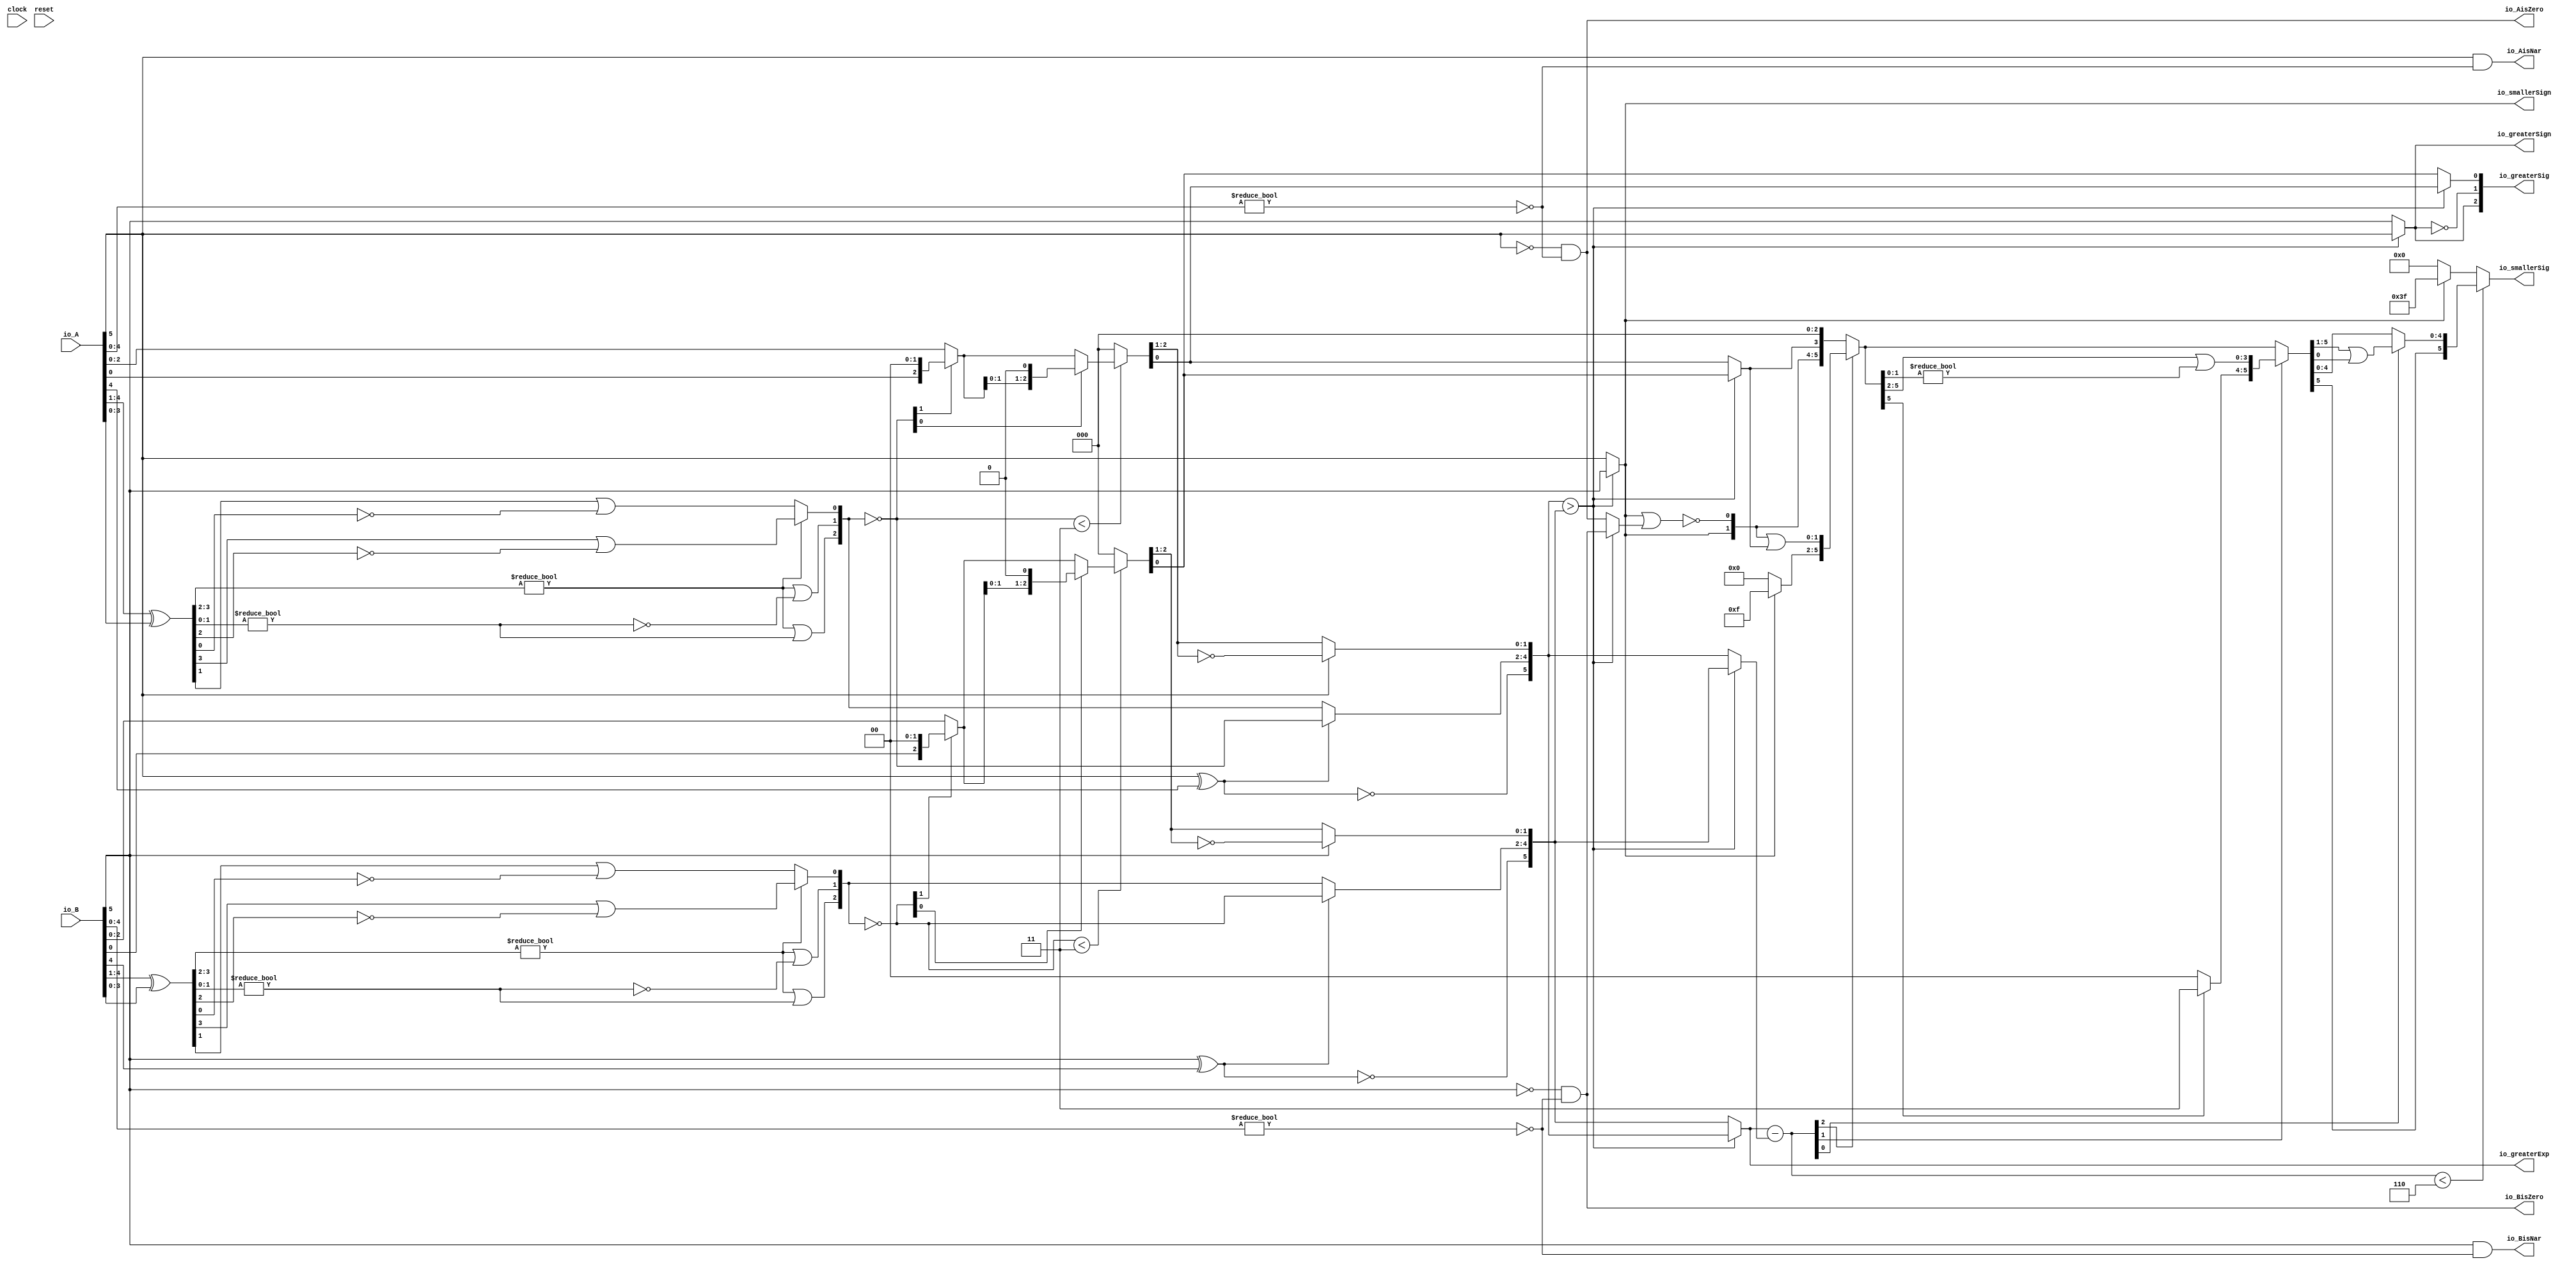
module Sig_op6_2(
  input        clock,
  input        reset,
  input  [5:0] io_A,
  input  [5:0] io_B,
  output       io_greaterSign,
  output       io_smallerSign,
  output [5:0] io_greaterExp,
  output [2:0] io_greaterSig,
  output [5:0] io_smallerSig,
  output       io_AisNar,
  output       io_BisNar,
  output       io_AisZero,
  output       io_BisZero
);
  wire  _T_1; // @[convert.scala 18:24]
  wire  _T_2; // @[convert.scala 18:40]
  wire  _T_3; // @[convert.scala 18:36]
  wire [3:0] _T_4; // @[convert.scala 19:24]
  wire [3:0] _T_5; // @[convert.scala 19:43]
  wire [3:0] _T_6; // @[convert.scala 19:39]
  wire [1:0] _T_7; // @[LZD.scala 43:32]
  wire  _T_8; // @[LZD.scala 39:14]
  wire  _T_9; // @[LZD.scala 39:21]
  wire  _T_10; // @[LZD.scala 39:30]
  wire  _T_11; // @[LZD.scala 39:27]
  wire  _T_12; // @[LZD.scala 39:25]
  wire [1:0] _T_13; // @[Cat.scala 29:58]
  wire [1:0] _T_14; // @[LZD.scala 44:32]
  wire  _T_15; // @[LZD.scala 39:14]
  wire  _T_16; // @[LZD.scala 39:21]
  wire  _T_17; // @[LZD.scala 39:30]
  wire  _T_18; // @[LZD.scala 39:27]
  wire  _T_19; // @[LZD.scala 39:25]
  wire [1:0] _T_20; // @[Cat.scala 29:58]
  wire  _T_21; // @[Shift.scala 12:21]
  wire  _T_22; // @[Shift.scala 12:21]
  wire  _T_23; // @[LZD.scala 49:16]
  wire  _T_24; // @[LZD.scala 49:27]
  wire  _T_25; // @[LZD.scala 49:25]
  wire  _T_26; // @[LZD.scala 49:47]
  wire  _T_27; // @[LZD.scala 49:59]
  wire  _T_28; // @[LZD.scala 49:35]
  wire [2:0] _T_30; // @[Cat.scala 29:58]
  wire [2:0] _T_31; // @[convert.scala 21:22]
  wire [2:0] _T_32; // @[convert.scala 22:36]
  wire  _T_33; // @[Shift.scala 16:24]
  wire [1:0] _T_34; // @[Shift.scala 17:37]
  wire  _T_35; // @[Shift.scala 12:21]
  wire  _T_36; // @[Shift.scala 64:52]
  wire [2:0] _T_38; // @[Cat.scala 29:58]
  wire [2:0] _T_39; // @[Shift.scala 64:27]
  wire  _T_40; // @[Shift.scala 66:70]
  wire [1:0] _T_42; // @[Shift.scala 64:52]
  wire [2:0] _T_43; // @[Cat.scala 29:58]
  wire [2:0] _T_44; // @[Shift.scala 64:27]
  wire [2:0] _T_45; // @[Shift.scala 16:10]
  wire [1:0] _T_46; // @[convert.scala 23:34]
  wire  decA_fraction; // @[convert.scala 24:34]
  wire  _T_48; // @[convert.scala 25:26]
  wire [2:0] _T_50; // @[convert.scala 25:42]
  wire [1:0] _T_53; // @[convert.scala 26:67]
  wire [1:0] _T_54; // @[convert.scala 26:51]
  wire [5:0] _T_55; // @[Cat.scala 29:58]
  wire [4:0] _T_57; // @[convert.scala 29:56]
  wire  _T_58; // @[convert.scala 29:60]
  wire  _T_59; // @[convert.scala 29:41]
  wire  _T_62; // @[convert.scala 30:19]
  wire  decA_isZero; // @[convert.scala 30:41]
  wire [5:0] decA_scale; // @[convert.scala 32:24]
  wire  _T_71; // @[convert.scala 18:24]
  wire  _T_72; // @[convert.scala 18:40]
  wire  _T_73; // @[convert.scala 18:36]
  wire [3:0] _T_74; // @[convert.scala 19:24]
  wire [3:0] _T_75; // @[convert.scala 19:43]
  wire [3:0] _T_76; // @[convert.scala 19:39]
  wire [1:0] _T_77; // @[LZD.scala 43:32]
  wire  _T_78; // @[LZD.scala 39:14]
  wire  _T_79; // @[LZD.scala 39:21]
  wire  _T_80; // @[LZD.scala 39:30]
  wire  _T_81; // @[LZD.scala 39:27]
  wire  _T_82; // @[LZD.scala 39:25]
  wire [1:0] _T_83; // @[Cat.scala 29:58]
  wire [1:0] _T_84; // @[LZD.scala 44:32]
  wire  _T_85; // @[LZD.scala 39:14]
  wire  _T_86; // @[LZD.scala 39:21]
  wire  _T_87; // @[LZD.scala 39:30]
  wire  _T_88; // @[LZD.scala 39:27]
  wire  _T_89; // @[LZD.scala 39:25]
  wire [1:0] _T_90; // @[Cat.scala 29:58]
  wire  _T_91; // @[Shift.scala 12:21]
  wire  _T_92; // @[Shift.scala 12:21]
  wire  _T_93; // @[LZD.scala 49:16]
  wire  _T_94; // @[LZD.scala 49:27]
  wire  _T_95; // @[LZD.scala 49:25]
  wire  _T_96; // @[LZD.scala 49:47]
  wire  _T_97; // @[LZD.scala 49:59]
  wire  _T_98; // @[LZD.scala 49:35]
  wire [2:0] _T_100; // @[Cat.scala 29:58]
  wire [2:0] _T_101; // @[convert.scala 21:22]
  wire [2:0] _T_102; // @[convert.scala 22:36]
  wire  _T_103; // @[Shift.scala 16:24]
  wire [1:0] _T_104; // @[Shift.scala 17:37]
  wire  _T_105; // @[Shift.scala 12:21]
  wire  _T_106; // @[Shift.scala 64:52]
  wire [2:0] _T_108; // @[Cat.scala 29:58]
  wire [2:0] _T_109; // @[Shift.scala 64:27]
  wire  _T_110; // @[Shift.scala 66:70]
  wire [1:0] _T_112; // @[Shift.scala 64:52]
  wire [2:0] _T_113; // @[Cat.scala 29:58]
  wire [2:0] _T_114; // @[Shift.scala 64:27]
  wire [2:0] _T_115; // @[Shift.scala 16:10]
  wire [1:0] _T_116; // @[convert.scala 23:34]
  wire  decB_fraction; // @[convert.scala 24:34]
  wire  _T_118; // @[convert.scala 25:26]
  wire [2:0] _T_120; // @[convert.scala 25:42]
  wire [1:0] _T_123; // @[convert.scala 26:67]
  wire [1:0] _T_124; // @[convert.scala 26:51]
  wire [5:0] _T_125; // @[Cat.scala 29:58]
  wire [4:0] _T_127; // @[convert.scala 29:56]
  wire  _T_128; // @[convert.scala 29:60]
  wire  _T_129; // @[convert.scala 29:41]
  wire  _T_132; // @[convert.scala 30:19]
  wire  decB_isZero; // @[convert.scala 30:41]
  wire [5:0] decB_scale; // @[convert.scala 32:24]
  wire  aGTb; // @[Sig_op.scala 38:32]
  wire [5:0] smallerExp; // @[Sig_op.scala 42:24]
  wire  greaterFrac; // @[Sig_op.scala 43:24]
  wire  smallerFrac; // @[Sig_op.scala 44:24]
  wire  smallerZero; // @[Sig_op.scala 45:24]
  wire [5:0] _T_144; // @[Sig_op.scala 46:35]
  wire [5:0] scale_diff; // @[Sig_op.scala 46:35]
  wire  _T_145; // @[Sig_op.scala 51:53]
  wire  _T_146; // @[Sig_op.scala 51:36]
  wire [5:0] _T_149; // @[Cat.scala 29:58]
  wire [5:0] _T_150; // @[Sig_op.scala 51:124]
  wire  _T_151; // @[Shift.scala 39:24]
  wire [2:0] _T_152; // @[Shift.scala 40:44]
  wire [1:0] _T_153; // @[Shift.scala 90:30]
  wire [3:0] _T_154; // @[Shift.scala 90:48]
  wire  _T_155; // @[Shift.scala 90:57]
  wire [1:0] _GEN_0; // @[Shift.scala 90:39]
  wire [1:0] _T_156; // @[Shift.scala 90:39]
  wire  _T_157; // @[Shift.scala 12:21]
  wire  _T_158; // @[Shift.scala 12:21]
  wire [3:0] _T_160; // @[Bitwise.scala 71:12]
  wire [5:0] _T_161; // @[Cat.scala 29:58]
  wire [5:0] _T_162; // @[Shift.scala 91:22]
  wire [1:0] _T_163; // @[Shift.scala 92:77]
  wire [3:0] _T_164; // @[Shift.scala 90:30]
  wire [1:0] _T_165; // @[Shift.scala 90:48]
  wire  _T_166; // @[Shift.scala 90:57]
  wire [3:0] _GEN_1; // @[Shift.scala 90:39]
  wire [3:0] _T_167; // @[Shift.scala 90:39]
  wire  _T_168; // @[Shift.scala 12:21]
  wire  _T_169; // @[Shift.scala 12:21]
  wire [1:0] _T_171; // @[Bitwise.scala 71:12]
  wire [5:0] _T_172; // @[Cat.scala 29:58]
  wire [5:0] _T_173; // @[Shift.scala 91:22]
  wire  _T_174; // @[Shift.scala 92:77]
  wire [4:0] _T_175; // @[Shift.scala 90:30]
  wire  _T_176; // @[Shift.scala 90:48]
  wire [4:0] _GEN_2; // @[Shift.scala 90:39]
  wire [4:0] _T_178; // @[Shift.scala 90:39]
  wire  _T_180; // @[Shift.scala 12:21]
  wire [5:0] _T_181; // @[Cat.scala 29:58]
  wire [5:0] _T_182; // @[Shift.scala 91:22]
  wire [5:0] _T_185; // @[Bitwise.scala 71:12]
  wire  _T_186; // @[Sig_op.scala 57:40]
  wire [1:0] _T_187; // @[Cat.scala 29:58]
  assign _T_1 = io_A[5]; // @[convert.scala 18:24]
  assign _T_2 = io_A[4]; // @[convert.scala 18:40]
  assign _T_3 = _T_1 ^ _T_2; // @[convert.scala 18:36]
  assign _T_4 = io_A[4:1]; // @[convert.scala 19:24]
  assign _T_5 = io_A[3:0]; // @[convert.scala 19:43]
  assign _T_6 = _T_4 ^ _T_5; // @[convert.scala 19:39]
  assign _T_7 = _T_6[3:2]; // @[LZD.scala 43:32]
  assign _T_8 = _T_7 != 2'h0; // @[LZD.scala 39:14]
  assign _T_9 = _T_7[1]; // @[LZD.scala 39:21]
  assign _T_10 = _T_7[0]; // @[LZD.scala 39:30]
  assign _T_11 = ~ _T_10; // @[LZD.scala 39:27]
  assign _T_12 = _T_9 | _T_11; // @[LZD.scala 39:25]
  assign _T_13 = {_T_8,_T_12}; // @[Cat.scala 29:58]
  assign _T_14 = _T_6[1:0]; // @[LZD.scala 44:32]
  assign _T_15 = _T_14 != 2'h0; // @[LZD.scala 39:14]
  assign _T_16 = _T_14[1]; // @[LZD.scala 39:21]
  assign _T_17 = _T_14[0]; // @[LZD.scala 39:30]
  assign _T_18 = ~ _T_17; // @[LZD.scala 39:27]
  assign _T_19 = _T_16 | _T_18; // @[LZD.scala 39:25]
  assign _T_20 = {_T_15,_T_19}; // @[Cat.scala 29:58]
  assign _T_21 = _T_13[1]; // @[Shift.scala 12:21]
  assign _T_22 = _T_20[1]; // @[Shift.scala 12:21]
  assign _T_23 = _T_21 | _T_22; // @[LZD.scala 49:16]
  assign _T_24 = ~ _T_22; // @[LZD.scala 49:27]
  assign _T_25 = _T_21 | _T_24; // @[LZD.scala 49:25]
  assign _T_26 = _T_13[0:0]; // @[LZD.scala 49:47]
  assign _T_27 = _T_20[0:0]; // @[LZD.scala 49:59]
  assign _T_28 = _T_21 ? _T_26 : _T_27; // @[LZD.scala 49:35]
  assign _T_30 = {_T_23,_T_25,_T_28}; // @[Cat.scala 29:58]
  assign _T_31 = ~ _T_30; // @[convert.scala 21:22]
  assign _T_32 = io_A[2:0]; // @[convert.scala 22:36]
  assign _T_33 = _T_31 < 3'h3; // @[Shift.scala 16:24]
  assign _T_34 = _T_31[1:0]; // @[Shift.scala 17:37]
  assign _T_35 = _T_34[1]; // @[Shift.scala 12:21]
  assign _T_36 = _T_32[0:0]; // @[Shift.scala 64:52]
  assign _T_38 = {_T_36,2'h0}; // @[Cat.scala 29:58]
  assign _T_39 = _T_35 ? _T_38 : _T_32; // @[Shift.scala 64:27]
  assign _T_40 = _T_34[0:0]; // @[Shift.scala 66:70]
  assign _T_42 = _T_39[1:0]; // @[Shift.scala 64:52]
  assign _T_43 = {_T_42,1'h0}; // @[Cat.scala 29:58]
  assign _T_44 = _T_40 ? _T_43 : _T_39; // @[Shift.scala 64:27]
  assign _T_45 = _T_33 ? _T_44 : 3'h0; // @[Shift.scala 16:10]
  assign _T_46 = _T_45[2:1]; // @[convert.scala 23:34]
  assign decA_fraction = _T_45[0:0]; // @[convert.scala 24:34]
  assign _T_48 = _T_3 == 1'h0; // @[convert.scala 25:26]
  assign _T_50 = _T_3 ? _T_31 : _T_30; // @[convert.scala 25:42]
  assign _T_53 = ~ _T_46; // @[convert.scala 26:67]
  assign _T_54 = _T_1 ? _T_53 : _T_46; // @[convert.scala 26:51]
  assign _T_55 = {_T_48,_T_50,_T_54}; // @[Cat.scala 29:58]
  assign _T_57 = io_A[4:0]; // @[convert.scala 29:56]
  assign _T_58 = _T_57 != 5'h0; // @[convert.scala 29:60]
  assign _T_59 = ~ _T_58; // @[convert.scala 29:41]
  assign _T_62 = _T_1 == 1'h0; // @[convert.scala 30:19]
  assign decA_isZero = _T_62 & _T_59; // @[convert.scala 30:41]
  assign decA_scale = $signed(_T_55); // @[convert.scala 32:24]
  assign _T_71 = io_B[5]; // @[convert.scala 18:24]
  assign _T_72 = io_B[4]; // @[convert.scala 18:40]
  assign _T_73 = _T_71 ^ _T_72; // @[convert.scala 18:36]
  assign _T_74 = io_B[4:1]; // @[convert.scala 19:24]
  assign _T_75 = io_B[3:0]; // @[convert.scala 19:43]
  assign _T_76 = _T_74 ^ _T_75; // @[convert.scala 19:39]
  assign _T_77 = _T_76[3:2]; // @[LZD.scala 43:32]
  assign _T_78 = _T_77 != 2'h0; // @[LZD.scala 39:14]
  assign _T_79 = _T_77[1]; // @[LZD.scala 39:21]
  assign _T_80 = _T_77[0]; // @[LZD.scala 39:30]
  assign _T_81 = ~ _T_80; // @[LZD.scala 39:27]
  assign _T_82 = _T_79 | _T_81; // @[LZD.scala 39:25]
  assign _T_83 = {_T_78,_T_82}; // @[Cat.scala 29:58]
  assign _T_84 = _T_76[1:0]; // @[LZD.scala 44:32]
  assign _T_85 = _T_84 != 2'h0; // @[LZD.scala 39:14]
  assign _T_86 = _T_84[1]; // @[LZD.scala 39:21]
  assign _T_87 = _T_84[0]; // @[LZD.scala 39:30]
  assign _T_88 = ~ _T_87; // @[LZD.scala 39:27]
  assign _T_89 = _T_86 | _T_88; // @[LZD.scala 39:25]
  assign _T_90 = {_T_85,_T_89}; // @[Cat.scala 29:58]
  assign _T_91 = _T_83[1]; // @[Shift.scala 12:21]
  assign _T_92 = _T_90[1]; // @[Shift.scala 12:21]
  assign _T_93 = _T_91 | _T_92; // @[LZD.scala 49:16]
  assign _T_94 = ~ _T_92; // @[LZD.scala 49:27]
  assign _T_95 = _T_91 | _T_94; // @[LZD.scala 49:25]
  assign _T_96 = _T_83[0:0]; // @[LZD.scala 49:47]
  assign _T_97 = _T_90[0:0]; // @[LZD.scala 49:59]
  assign _T_98 = _T_91 ? _T_96 : _T_97; // @[LZD.scala 49:35]
  assign _T_100 = {_T_93,_T_95,_T_98}; // @[Cat.scala 29:58]
  assign _T_101 = ~ _T_100; // @[convert.scala 21:22]
  assign _T_102 = io_B[2:0]; // @[convert.scala 22:36]
  assign _T_103 = _T_101 < 3'h3; // @[Shift.scala 16:24]
  assign _T_104 = _T_101[1:0]; // @[Shift.scala 17:37]
  assign _T_105 = _T_104[1]; // @[Shift.scala 12:21]
  assign _T_106 = _T_102[0:0]; // @[Shift.scala 64:52]
  assign _T_108 = {_T_106,2'h0}; // @[Cat.scala 29:58]
  assign _T_109 = _T_105 ? _T_108 : _T_102; // @[Shift.scala 64:27]
  assign _T_110 = _T_104[0:0]; // @[Shift.scala 66:70]
  assign _T_112 = _T_109[1:0]; // @[Shift.scala 64:52]
  assign _T_113 = {_T_112,1'h0}; // @[Cat.scala 29:58]
  assign _T_114 = _T_110 ? _T_113 : _T_109; // @[Shift.scala 64:27]
  assign _T_115 = _T_103 ? _T_114 : 3'h0; // @[Shift.scala 16:10]
  assign _T_116 = _T_115[2:1]; // @[convert.scala 23:34]
  assign decB_fraction = _T_115[0:0]; // @[convert.scala 24:34]
  assign _T_118 = _T_73 == 1'h0; // @[convert.scala 25:26]
  assign _T_120 = _T_73 ? _T_101 : _T_100; // @[convert.scala 25:42]
  assign _T_123 = ~ _T_116; // @[convert.scala 26:67]
  assign _T_124 = _T_71 ? _T_123 : _T_116; // @[convert.scala 26:51]
  assign _T_125 = {_T_118,_T_120,_T_124}; // @[Cat.scala 29:58]
  assign _T_127 = io_B[4:0]; // @[convert.scala 29:56]
  assign _T_128 = _T_127 != 5'h0; // @[convert.scala 29:60]
  assign _T_129 = ~ _T_128; // @[convert.scala 29:41]
  assign _T_132 = _T_71 == 1'h0; // @[convert.scala 30:19]
  assign decB_isZero = _T_132 & _T_129; // @[convert.scala 30:41]
  assign decB_scale = $signed(_T_125); // @[convert.scala 32:24]
  assign aGTb = $signed(decA_scale) > $signed(decB_scale); // @[Sig_op.scala 38:32]
  assign smallerExp = aGTb ? $signed(decB_scale) : $signed(decA_scale); // @[Sig_op.scala 42:24]
  assign greaterFrac = aGTb ? decA_fraction : decB_fraction; // @[Sig_op.scala 43:24]
  assign smallerFrac = aGTb ? decB_fraction : decA_fraction; // @[Sig_op.scala 44:24]
  assign smallerZero = aGTb ? decB_isZero : decA_isZero; // @[Sig_op.scala 45:24]
  assign _T_144 = $signed(io_greaterExp) - $signed(smallerExp); // @[Sig_op.scala 46:35]
  assign scale_diff = $signed(_T_144); // @[Sig_op.scala 46:35]
  assign _T_145 = io_smallerSign | smallerZero; // @[Sig_op.scala 51:53]
  assign _T_146 = ~ _T_145; // @[Sig_op.scala 51:36]
  assign _T_149 = {io_smallerSign,_T_146,smallerFrac,3'h0}; // @[Cat.scala 29:58]
  assign _T_150 = $unsigned(scale_diff); // @[Sig_op.scala 51:124]
  assign _T_151 = _T_150 < 6'h6; // @[Shift.scala 39:24]
  assign _T_152 = _T_150[2:0]; // @[Shift.scala 40:44]
  assign _T_153 = _T_149[5:4]; // @[Shift.scala 90:30]
  assign _T_154 = _T_149[3:0]; // @[Shift.scala 90:48]
  assign _T_155 = _T_154 != 4'h0; // @[Shift.scala 90:57]
  assign _GEN_0 = {{1'd0}, _T_155}; // @[Shift.scala 90:39]
  assign _T_156 = _T_153 | _GEN_0; // @[Shift.scala 90:39]
  assign _T_157 = _T_152[2]; // @[Shift.scala 12:21]
  assign _T_158 = _T_149[5]; // @[Shift.scala 12:21]
  assign _T_160 = _T_158 ? 4'hf : 4'h0; // @[Bitwise.scala 71:12]
  assign _T_161 = {_T_160,_T_156}; // @[Cat.scala 29:58]
  assign _T_162 = _T_157 ? _T_161 : _T_149; // @[Shift.scala 91:22]
  assign _T_163 = _T_152[1:0]; // @[Shift.scala 92:77]
  assign _T_164 = _T_162[5:2]; // @[Shift.scala 90:30]
  assign _T_165 = _T_162[1:0]; // @[Shift.scala 90:48]
  assign _T_166 = _T_165 != 2'h0; // @[Shift.scala 90:57]
  assign _GEN_1 = {{3'd0}, _T_166}; // @[Shift.scala 90:39]
  assign _T_167 = _T_164 | _GEN_1; // @[Shift.scala 90:39]
  assign _T_168 = _T_163[1]; // @[Shift.scala 12:21]
  assign _T_169 = _T_162[5]; // @[Shift.scala 12:21]
  assign _T_171 = _T_169 ? 2'h3 : 2'h0; // @[Bitwise.scala 71:12]
  assign _T_172 = {_T_171,_T_167}; // @[Cat.scala 29:58]
  assign _T_173 = _T_168 ? _T_172 : _T_162; // @[Shift.scala 91:22]
  assign _T_174 = _T_163[0:0]; // @[Shift.scala 92:77]
  assign _T_175 = _T_173[5:1]; // @[Shift.scala 90:30]
  assign _T_176 = _T_173[0:0]; // @[Shift.scala 90:48]
  assign _GEN_2 = {{4'd0}, _T_176}; // @[Shift.scala 90:39]
  assign _T_178 = _T_175 | _GEN_2; // @[Shift.scala 90:39]
  assign _T_180 = _T_173[5]; // @[Shift.scala 12:21]
  assign _T_181 = {_T_180,_T_178}; // @[Cat.scala 29:58]
  assign _T_182 = _T_174 ? _T_181 : _T_173; // @[Shift.scala 91:22]
  assign _T_185 = _T_158 ? 6'h3f : 6'h0; // @[Bitwise.scala 71:12]
  assign _T_186 = ~ io_greaterSign; // @[Sig_op.scala 57:40]
  assign _T_187 = {io_greaterSign,_T_186}; // @[Cat.scala 29:58]
  assign io_greaterSign = aGTb ? _T_1 : _T_71; // @[Sig_op.scala 39:18]
  assign io_smallerSign = aGTb ? _T_71 : _T_1; // @[Sig_op.scala 40:18]
  assign io_greaterExp = aGTb ? $signed(decA_scale) : $signed(decB_scale); // @[Sig_op.scala 41:18]
  assign io_greaterSig = {_T_187,greaterFrac}; // @[Sig_op.scala 57:17]
  assign io_smallerSig = _T_151 ? _T_182 : _T_185; // @[Sig_op.scala 52:17]
  assign io_AisNar = _T_1 & _T_59; // @[Sig_op.scala 47:13]
  assign io_BisNar = _T_71 & _T_129; // @[Sig_op.scala 48:13]
  assign io_AisZero = _T_62 & _T_59; // @[Sig_op.scala 49:14]
  assign io_BisZero = _T_132 & _T_129; // @[Sig_op.scala 50:14]
endmodule